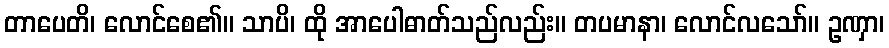
တာပေတိ၊ လောင်စေ၏။ သာပိ၊ ထို အာပေါဓာတ်သည်လည်း။ တပမာနာ၊ လောင်လသော်။ ဥဏှာ၊